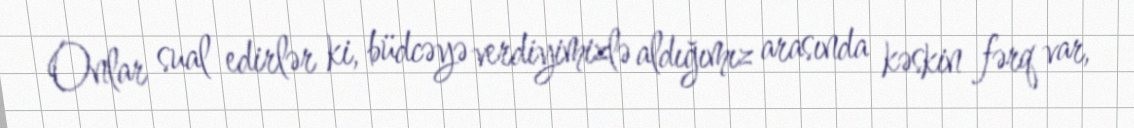
Onlar sual edirlər ki, büdcəyə verdiyimizlə aldığımız arasında kəskin fərq var,